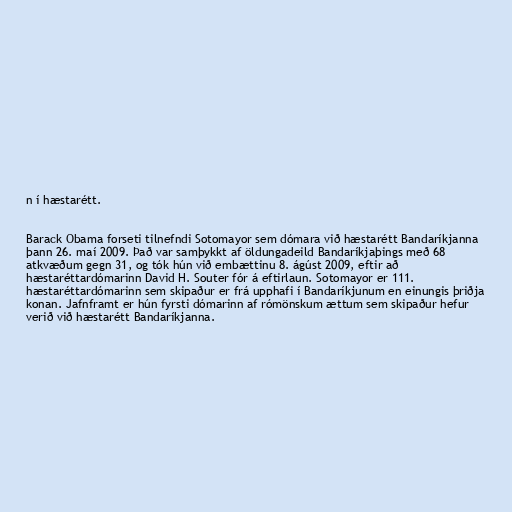
n í hæstarétt.

Barack Obama forseti tilnefndi Sotomayor sem dómara við hæstarétt Bandaríkjanna
þann 26. maí 2009. Það var samþykkt af öldungadeild Bandaríkjaþings með 68
atkvæðum gegn 31, og tók hún við embættinu 8. ágúst 2009, eftir að
hæstaréttardómarinn David H. Souter fór á eftirlaun. Sotomayor er 111.
hæstaréttardómarinn sem skipaður er frá upphafi í Bandaríkjunum en einungis þriðja
konan. Jafnframt er hún fyrsti dómarinn af rómönskum ættum sem skipaður hefur
verið við hæstarétt Bandaríkjanna.